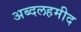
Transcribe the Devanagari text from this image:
अब्दलहमीद